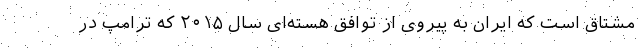
مشتاق است که ایران به پیروی از توافق هسته‌ای سال ۲۰۱۵ که ترامپ در